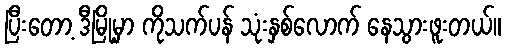
ပြီးတော့ ဒီမြို့မှာ ကိုသက်ပန် သုံးနှစ်လောက် နေသွားဖူးတယ်။